Vaccination in Burma 1920-1933 - 1920-1933
Year: 1920
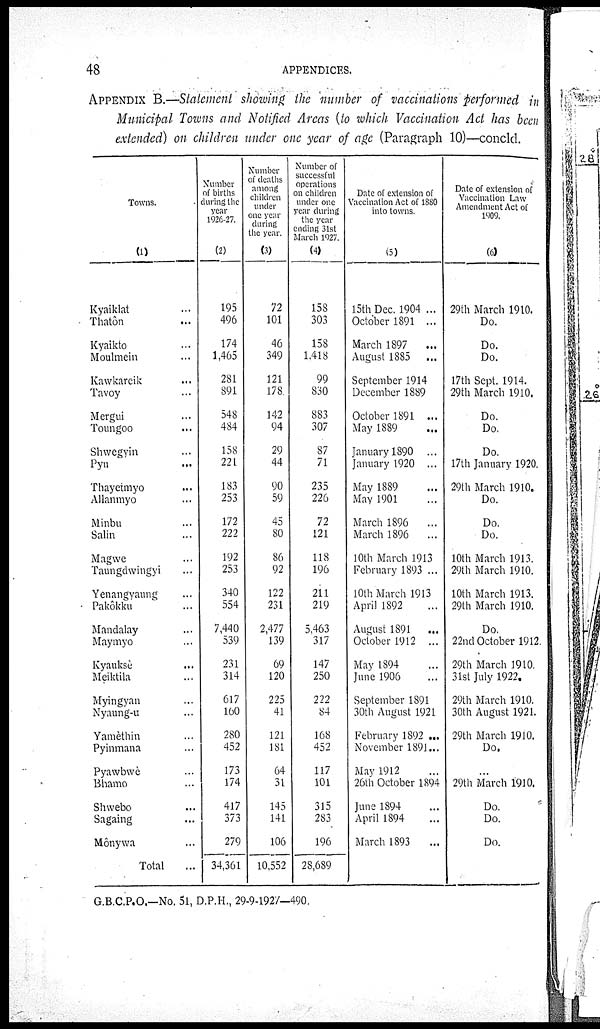
48
APPENDICES.
APPENDIX B.—Statement showing the number of vaccinations performed in
Municipal Towns and Notified Areas (to which Vaccination Act has been
extended) on children under one year of age (Paragraph 10)—concld.
Towns.
(1)
Kyaiklat ...
Thatôn ...
Kyaikto ...
Moulmein ...
Kawkareik ...
Tavoy ...
Mergui ...
Toungoo ...
Shwegyin ...
Pyu ...
Thayetmyo ...
Allanmyo ...
Minbu ...
Salin ...
Magwe ...
Taungdwingyi ...
Yenangyaung ...
Pakôkku ...
Mandalay ...
Maymyo ...
Kyauksè ...
Meiktila ...
Myingyan ...
Nyaung-u ...
Yamèthin ...
Pyinmana ...
Pyawbwè ...
Bhamo ...
Shwebo ...
Sagaing ...
Mônywa ...
Total ...
Number
of births
during the
year
1926-27.
(2)
195
496
174
1,465
281
891
548
484
158
221
183
253
172
222
192
253
340
554
7,440
539
231
314
617
160
280
452
173
174
417
373
279
34,361
Number
of deaths
among
children
under
one year
during
the year.
(3)
72
101
46
349
121
178
142
94
29
44
90
59
45
80
86
92
122
231
2,477
139
69
120
225
41
121
181
64
31
145
141
106
10,552
Number of
successful
operations
on children
under one
year during
the year
ending 31st
March 1927.
(4)
158
303
158
1,418
99
830
883
307
87
71
235
226
72
121
118
196
211
219
5,463
317
147
250
222
84
168
452
117
101
315
283
196
28,689
Date of extension of
Vaccination Act of 1880
into towns.
(5)
15th Dec. 1904 ...
October 1891 ...
March 1897 ...
August 1885 ...
September 1914
December 1889
October 1891 ...
May 1889 ...
January 1890 ...
January 1920 ...
May 1889 ...
May 1901 ...
March 1896 ...
March 1896 ...
10th March 1913
February 1893 ...
10th March 1913
April 1892
August 1891 ...
October 1912 ...
May 1894 ...
June 1906 ...
September 1891
30th August 1921
February 1892 ...
November 1891...
May 1912 ...
26th October 1894
June 1894 ...
April 1894 ...
March 1893 ...
Date of extension of
Vaccination Law
Amendment Act of
1909.
(6)
29th March 1910.
Do.
Do.
Do.
17th Sept. 1914.
29th March 1910.
Do.
Do.
Do.
17th January 1920.
29th March 1910.
Do.
Do.
Do.
10th March 1913.
29th March 1910.
10th March 1913.
29th March 1910.
Do.
22nd October 1912.
29th March 1910.
31st July 1922.
29th March 1910.
30th August 1921.
29th March 1910.
Do.
...
29th March 1910.
Do.
Do.
Do.
G.B.C.P.O.—No. 51, D.P.H., 29-9-1927—490.